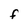
Character: F